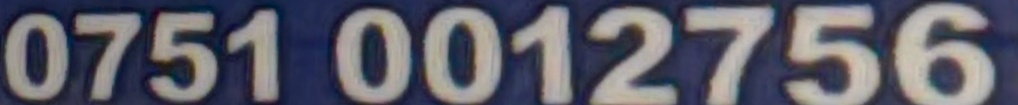
0751 0012756